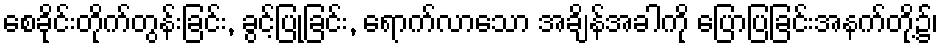
စေခိုင်းတိုက်တွန်းခြင်း, ခွင့်ပြုခြင်း, ရောက်လာသော အချိန်အခါကို ပြောပြခြင်းအနက်တို့၌၊